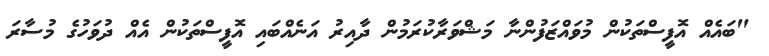
"ބައެއް އޮފީސްތަކުން މުވައްޒަފުންނާ މަޝްވަރާކުރަމުން ދާއިރު އަނެއްބައި އޮފީސްތަކުން އެއް ދުވަހުގެ މުސާރަ